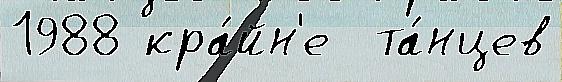
1988 кра́йн'е  та́нцев